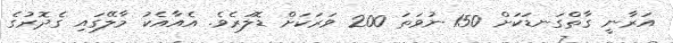
އަރާނީ ގާތްގަނޑަކަށް 150 ނުވަތަ 200 ވަރަކަށް ޑޮލަރެވެ. އެއާއެކު މާލޭގައި ގެދޮރުގެ